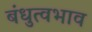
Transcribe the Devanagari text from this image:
बंधुत्वभाव